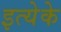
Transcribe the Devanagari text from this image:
इत्येके